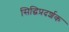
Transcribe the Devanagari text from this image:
सिद्धिप्रदर्शक